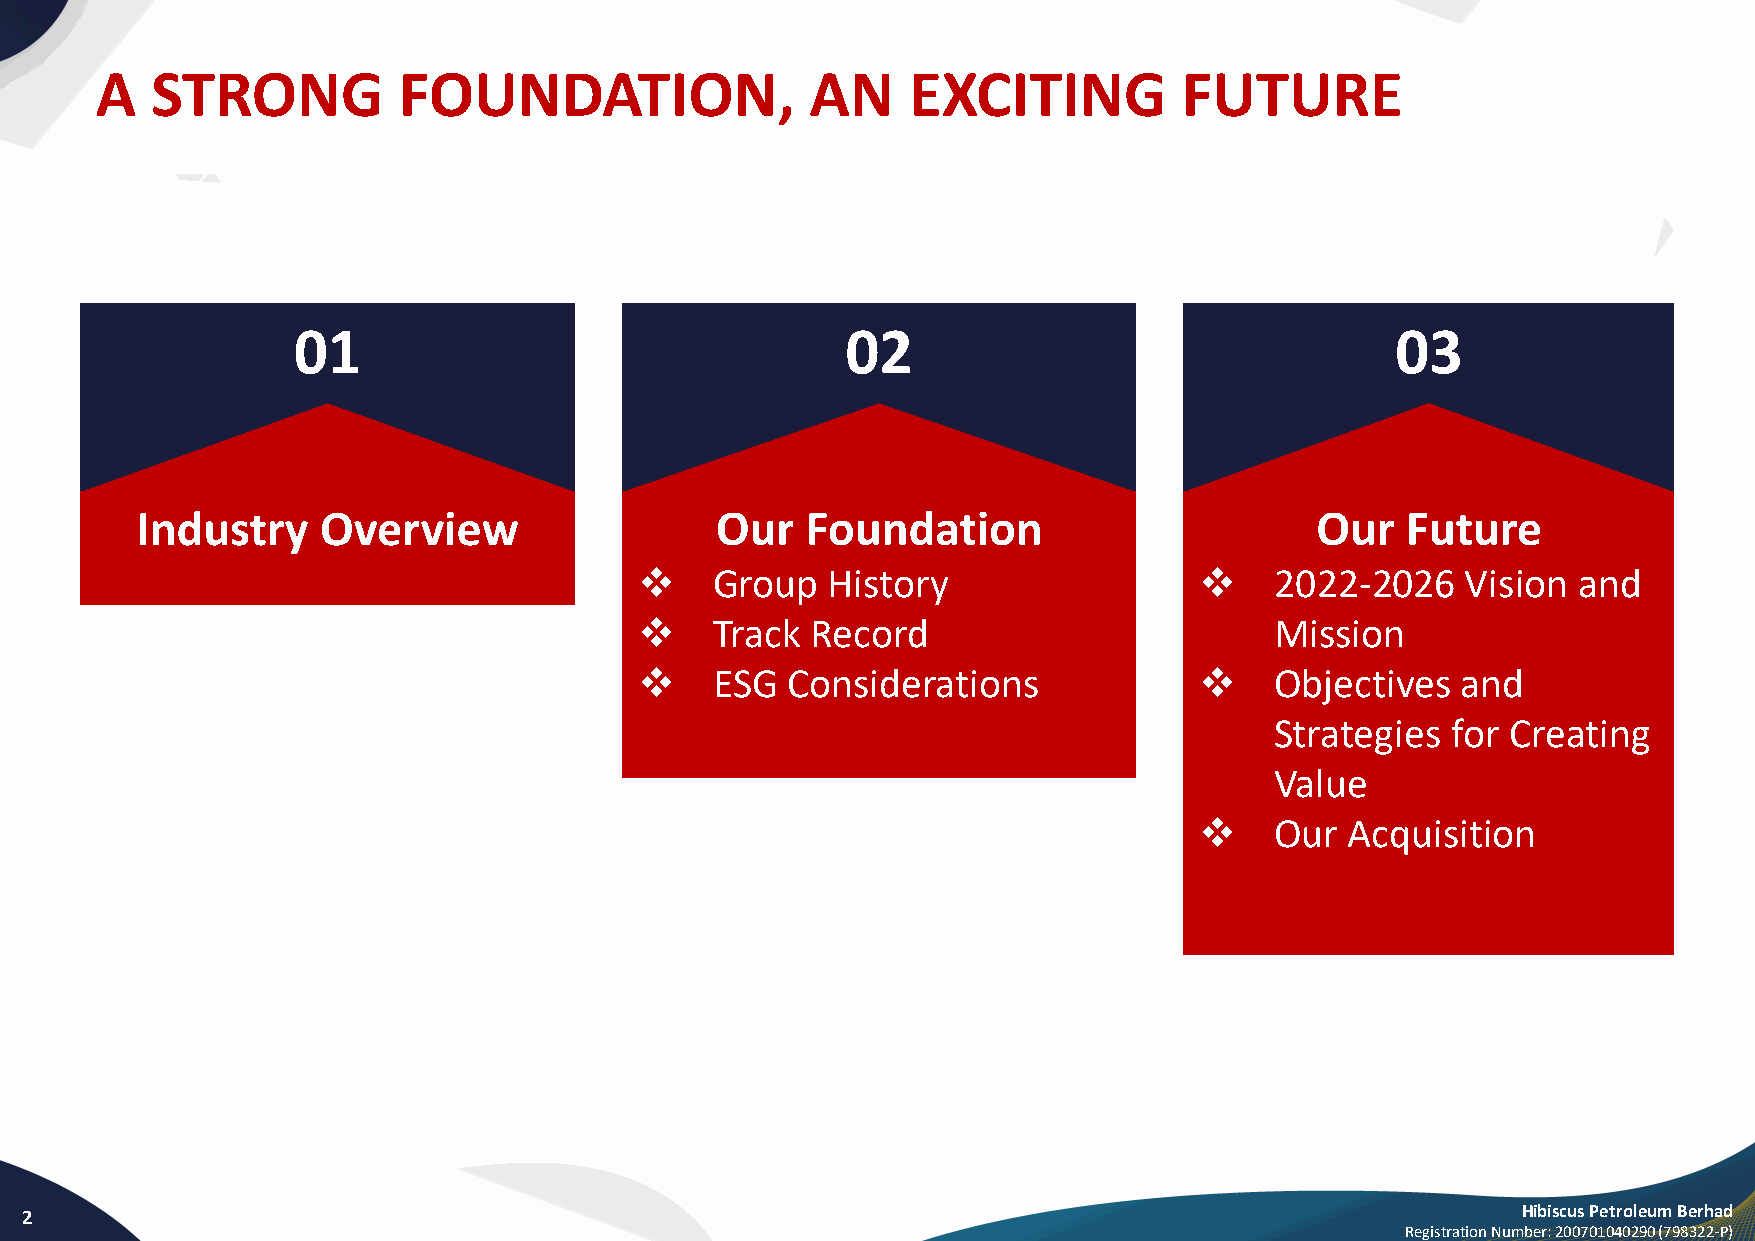
A   STRONG          FOUNDATION,                 AN    EXCITING          FUTURE
 01                                   02                                  03
 Industry    Overview                  Our   Foundation                        Our   Future
 ❖    Group   History                 ❖    2022-2026    Vision and
 ❖    Track  Record                        Mission
 ❖    ESG  Considerations             ❖    Objectives   and
 Strategies  for Creating
 Value
 ❖    Our  Acquisition
 2                                                                                                   Hibiscus Petroleum Berhad
 Registration Number: 200701040290 (798322-P)